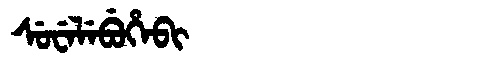
Manchu: ᠰᡠᠸᡝᠯᡝᠪᡠᡥᡝᠪᡳ
Romanization: SUWELEBUHEBI